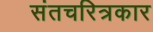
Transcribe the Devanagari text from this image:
संतचरित्रकार